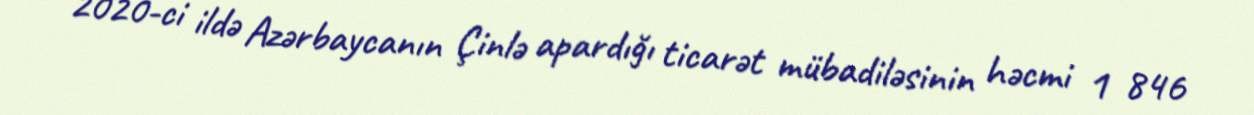
2020-ci ildə Azərbaycanın Çinlə apardığı ticarət mübadiləsinin həcmi 1 846